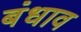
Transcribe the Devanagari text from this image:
बंधाव